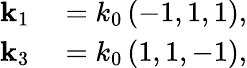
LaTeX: \begin{array}{rl}{\mathbf{k}_{1}}&{{}=k_{0}\left(-1,1,1\right),}\\ {\mathbf{k}_{3}}&{{}=k_{0}\left(1,1,-1\right),}\end{array}